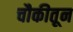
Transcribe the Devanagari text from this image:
चौकीतून